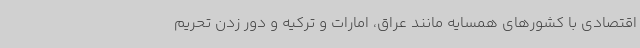
اقتصادی با کشورهای همسایه مانند عراق، امارات و ترکیه و دور زدن تحریم